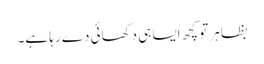
بظاہر تو کچھ ایسا ہی دکھائی دے رہا ہے۔